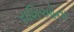
રાશિઓના